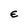
Character: E